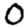
Digit: 0